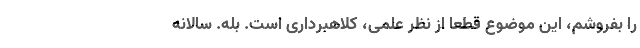
را بفروشم، این موضوع قطعا از نظر علمی، کلاهبرداری است. بله. سالانه